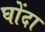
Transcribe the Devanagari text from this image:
घोंदा